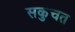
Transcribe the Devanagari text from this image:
सकुचत